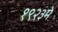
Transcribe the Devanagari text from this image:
१९२३मे